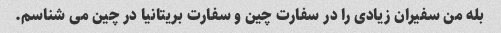
بله من سفیران زیادی را در سفارت چین و سفارت بریتانیا در چین می شناسم.